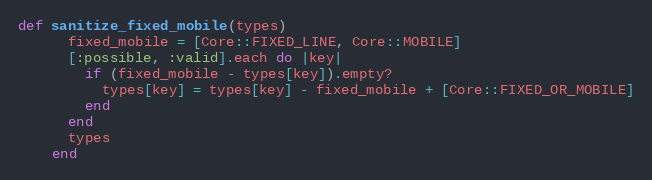
Language: Ruby
def sanitize_fixed_mobile(types)
      fixed_mobile = [Core::FIXED_LINE, Core::MOBILE]
      [:possible, :valid].each do |key|
        if (fixed_mobile - types[key]).empty?
          types[key] = types[key] - fixed_mobile + [Core::FIXED_OR_MOBILE]
        end
      end
      types
    end